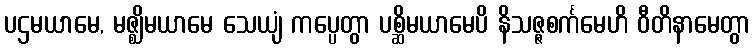
ပဌမယာမေ, မဇ္ဈိမယာမေ သေယျံ ကပ္ပေတွာ ပစ္ဆိမယာမေပိ နိသဇ္ဇစင်္ကမေဟိ ဝီတိနာမေတွာ